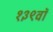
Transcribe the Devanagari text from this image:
१३९वॉ